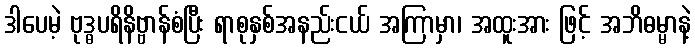
ဒါပေမဲ့ ဗုဒ္ဓပရိနိဗ္ဗာန်စံပြီး ရာစုနှစ်အနည်းငယ် အကြာမှာ၊ အထူးအား ဖြင့် အဘိဓမ္မာနဲ့